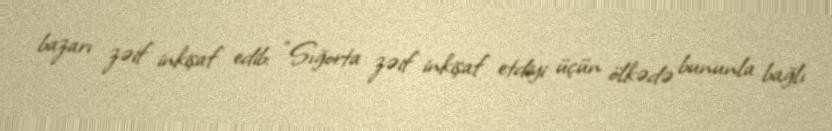
bazarı zəif inkişaf edib: “Sığorta zəif inkişaf etdiyi üçün ölkədə bununla bağlı